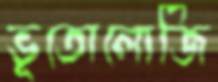
ভূতোলোজি